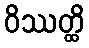
ဝိဿတ္ထိ